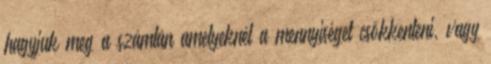
hagyjuk meg a számlán amelyeknél a mennyiséget csökkenteni, vagy